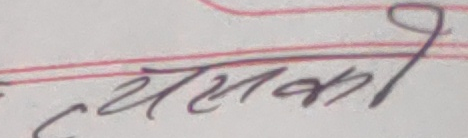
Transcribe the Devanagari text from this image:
ससका